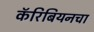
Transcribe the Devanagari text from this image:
कॅरिबियनचा